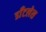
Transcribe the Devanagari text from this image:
डाँटलेस